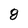
Character: 8